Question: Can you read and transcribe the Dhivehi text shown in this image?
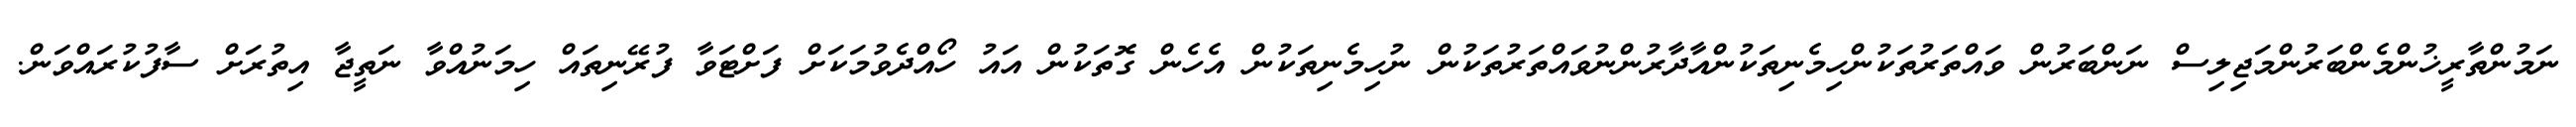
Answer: ނަމުންތާރީޚުންމެންބަރުންމަޖިލިސް ނަންބަރުން ވައްތަރުތަކުންހިމެނިތަކުންއާދާރުންނުވައްތަރުތަކުން ނުހިމެނިތަކުން އެހެން ގޮތަކުން އައު ހޯއްދެވުމަކަށް ފަށްޓަވާ ފުރޭނިތައް ހިމަނުއްވާ ނަތީޖާ އިތުރަށް ސާފުކުރައްވަން.